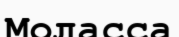
Моласса